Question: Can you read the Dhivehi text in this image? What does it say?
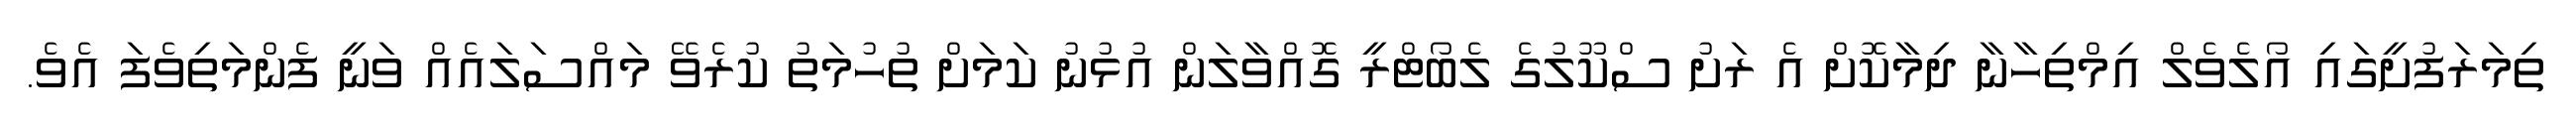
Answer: ތިމަރަފުށީގައި އޯލެވެލް އިމްތިހާނާ ދިމާކޮށް އެ ރަށު ސްކޫލުގެ ލެބޯޓްރީ ގޮއްވާލަން އުޅުނު ކަމަށް ތުހުމަތު ކުރެވޭ މައްސަލައެއް ވަނީ ފެންމަތިވެފަ އެވެ.